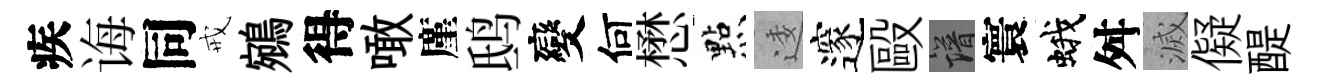
疾诲同戒鵷得噉廑鸱變何懋㸃逶邃毆譜寰蛾舛滅儗醍